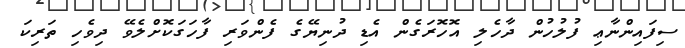
ސިފައިންނާޢި ފުލުހުން ދާހެލި އޮހޮރަގެން އެޑި ދުނިޔޭގެ ފެންވަރި ފާހަގަކޮށްލެވޭ ދިވެހި ތަރިކަ